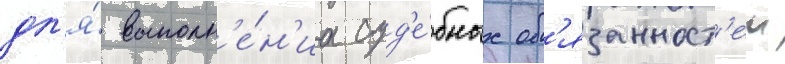
дл'я́ выполн'е́н'иа суд'е́бных об'язанност'еи